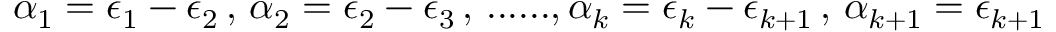
\alpha _ { 1 } = \epsilon _ { 1 } - \epsilon _ { 2 } \, , \, \alpha _ { 2 } = \epsilon _ { 2 } - \epsilon _ { 3 } \, , \, . . . . . . , \alpha _ { k } = \epsilon _ { k } - \epsilon _ { k + 1 } \, , \, \alpha _ { k + 1 } = \epsilon _ { k + 1 }